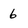
Character: 6